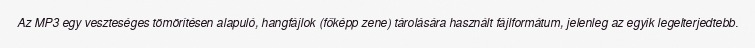
Az MP3 egy veszteséges tömörítésen alapuló, hangfájlok (főképp zene) tárolására használt fájlformátum, jelenleg az egyik legelterjedtebb.